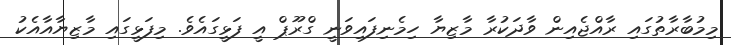
މިމުބާރާތުގައި ރާއްޖެއިން ވާދަކުރާ މާޒިޔާ ހިމެނިފައިވަނީ ގްރޫޕް އީ ފަޅީގައެވެ. މިފަޅީގައި މާޒިޔާއާއެކު